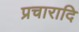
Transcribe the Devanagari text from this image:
प्रचारादि